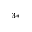
^ { 3 * }